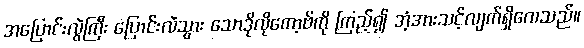
အပြောင်းလွဲကြီး ပြောင်းလဲသွား သောဒိုလိုကော့ဗ်ကို ကြည့်၍ အံ့အားသင့်လျက်ရှိလေသည်။